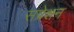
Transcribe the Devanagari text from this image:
सप्रेशन